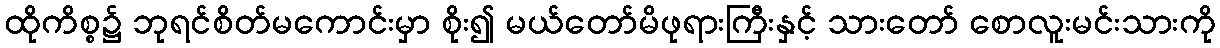
ထိုကိစ္စ၌ ဘုရင်စိတ်မကောင်းမှာ စိုး၍ မယ်တော်မိဖုရားကြီးနှင့် သားတော် စောလူးမင်းသားကို